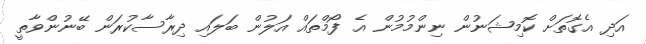
އަދި އެގޮތަށް ކޮމިޝަނުން ނިންމުމުން އެ ފޯމްތައް އަލުން ބަލައި ދިރާސާކުރަން ބޭނުންވާތީ